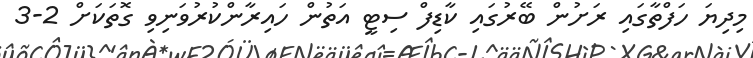
މިދިޔަ ހަފްތާގައި ރަށުން ބޭރުގައި ކާޑިފް ސިޓީ އަތުން ހައިރާންކުރުވަނިވި ގޮތަކަށް 2-3